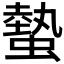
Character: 𧐨